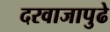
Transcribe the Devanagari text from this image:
दरवाजापुढे